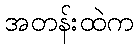
အတန်းထဲက